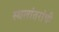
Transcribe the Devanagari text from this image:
स्थलांतरांची